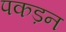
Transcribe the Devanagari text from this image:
पकड़न